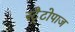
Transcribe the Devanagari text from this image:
स्ट्रैटोपाज